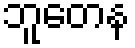
ဘူတေန